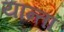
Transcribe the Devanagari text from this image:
यान्ता